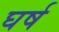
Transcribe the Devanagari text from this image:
घर्ष